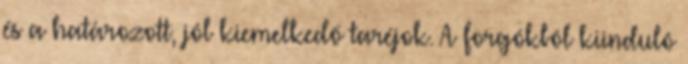
és a határozott, jól kiemelkedő taréjok. A forgókból kiinduló